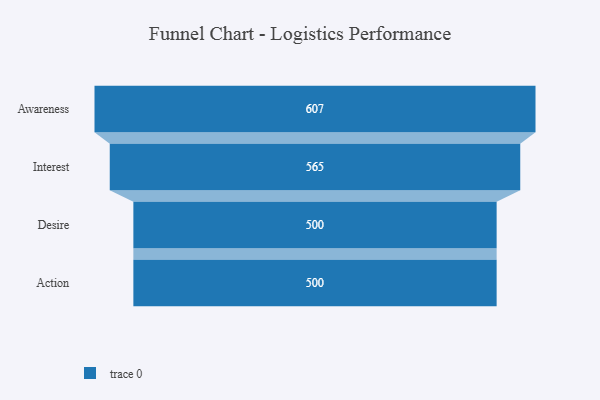
{"axis": {"x": "Stage", "y": "Value"}, "legend": [""], "data": [{"x": "Awareness", "y": 607.0, "type": ""}, {"x": "Interest", "y": 565.0, "type": ""}, {"x": "Desire", "y": 500, "type": ""}, {"x": "Action", "y": 500, "type": ""}]}